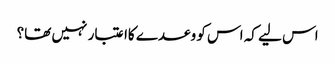
اس لیے کہ اس کو وعدے کاا عتبار نہیں تھا؟